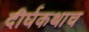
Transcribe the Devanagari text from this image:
दीर्घकथाच